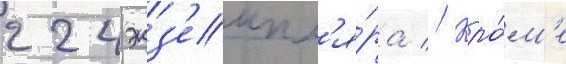
224 экз'емпл'я́ра // Кро́м'е